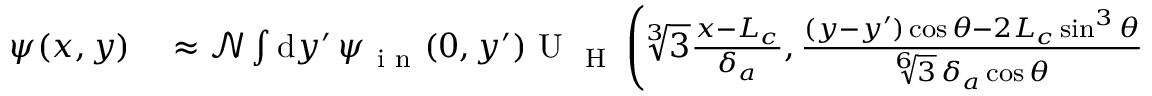
\begin{array} { r l } { \psi ( x , y ) } & { { } \approx \mathcal { N } \int \mathrm { d } y ^ { \prime } \, \psi _ { \mathrm { ~ i ~ n ~ } } ( 0 , y ^ { \prime } ) \mathrm { ~ U ~ } _ { \mathrm { ~ H ~ } } \left( \sqrt [ 3 ] { 3 } \frac { x - L _ { c } } { \delta _ { a } } , \frac { ( y - y ^ { \prime } ) \cos \theta - 2 L _ { c } \sin ^ { 3 } \theta } { \sqrt [ 6 ] { 3 } \, \delta _ { a } \cos \theta } , - \frac { \lambda L _ { c } } { 2 \pi \sqrt [ 3 ] { 3 } \, \delta _ { a } ^ { 2 } } \frac { \cos 2 \theta } { \cos \theta } \right) , } \end{array}